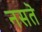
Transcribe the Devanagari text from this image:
नसतॆ